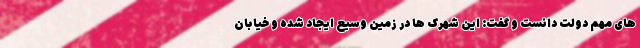
های مهم دولت دانست و گفت: این شهرک ها در زمین وسیع ایجاد شده و خیابان